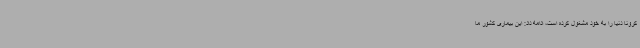
کرونا دنیا را به خود مشغول کرده است، ادامه داد: این بیماری کشور ما